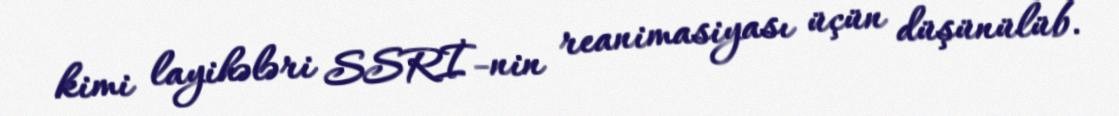
kimi layihələri SSRİ-nin reanimasiyası üçün düşünülüb.